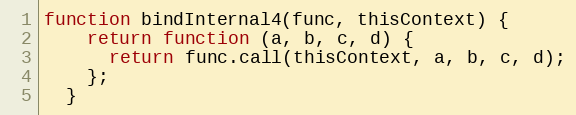
Language: JavaScript
function bindInternal4(func, thisContext) {
    return function (a, b, c, d) {
      return func.call(thisContext, a, b, c, d);
    };
  }